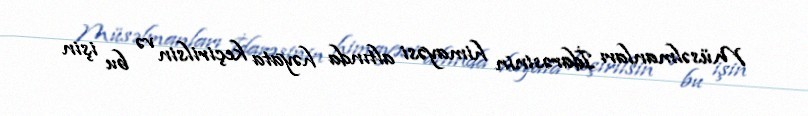
Müsəlmanları İdarəsinin himayəsi altında həyata keçirilsin və bu işin